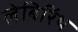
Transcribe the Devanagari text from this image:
लेबिरिंथ